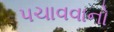
પચાવવાનો